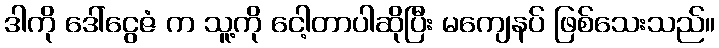
ဒါကို ဒေါ်ငွေဇံ က သူ့ကို ငေါ့တာပါဆိုပြီး မကျေနပ် ဖြစ်သေးသည်။